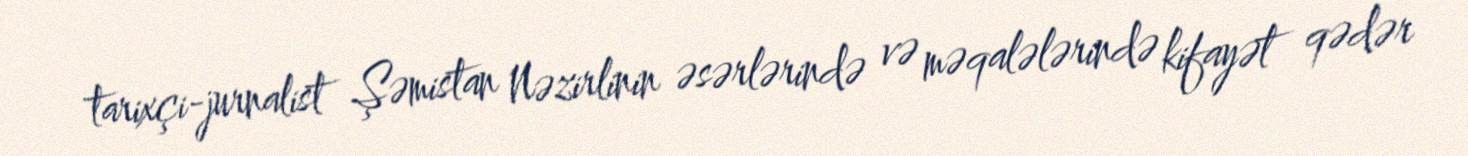
tarixçi-jurnalist Şəmistan Nəzirlinin əsərlərində və məqalələrində kifayət qədər